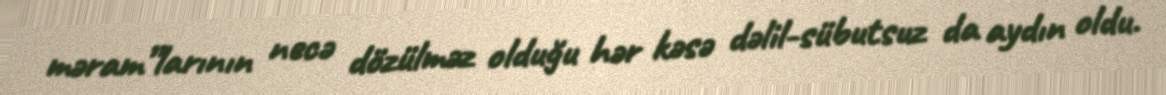
məram”larının necə dözülməz olduğu hər kəsə dəlil-sübutsuz da aydın oldu.